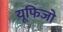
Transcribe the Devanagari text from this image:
यूफिजो